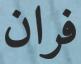
فران